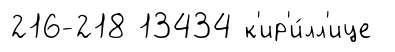
216-218 13434 к'ир'и́лл'ице